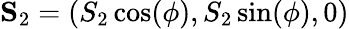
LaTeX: {\mathbf S}_{2}=(S_{2}\cos(\phi),S_{2}\sin(\phi),0)